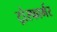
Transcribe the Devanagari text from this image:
ट्रांस्फार्मर